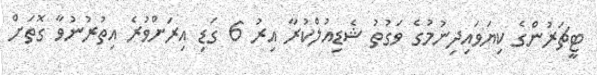
ޓީޗަރުންގެ ކިޔަވައިދިނުމުގެ ވަގުތު ޝެޑިއުލްކުރާ އިރު 6 ގަޑި އިރަށްވުރެ އިތުރުނުވާ ގޮތަށް